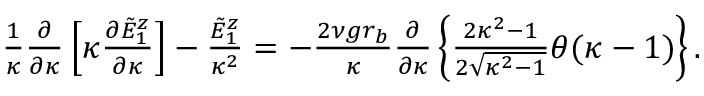
\begin{array} { r } { \frac { 1 } { \kappa } \frac { \partial } { \partial \kappa } \left[ \kappa \frac { \partial \tilde { E } _ { 1 } ^ { z } } { \partial \kappa } \right] - \frac { \tilde { E } _ { 1 } ^ { z } } { \kappa ^ { 2 } } = - \frac { 2 \nu g r _ { b } } { \kappa } \frac { \partial } { \partial \kappa } \left\{ \frac { 2 \kappa ^ { 2 } - 1 } { 2 \sqrt { \kappa ^ { 2 } - 1 } } \theta ( \kappa - 1 ) \right\} . } \end{array}